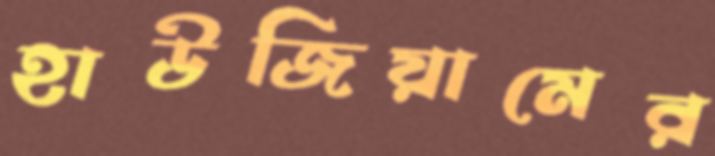
হাউজিয়ামের